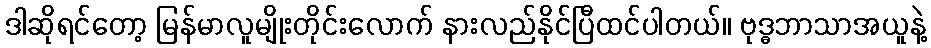
ဒါဆိုရင်တော့ မြန်မာလူမျိုးတိုင်းလောက် နားလည်နိုင်ပြီထင်ပါတယ်။ ဗုဒ္ဓဘာသာအယူနဲ့